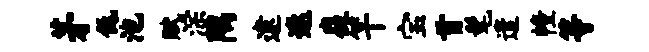
茅低池赋淙隅逮遨嶷竿宝首髦遣幢等